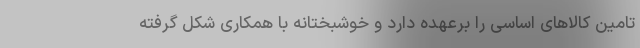
تامین کالاهای اساسی را برعهده دارد و خوشبختانه با همکاری شکل گرفته